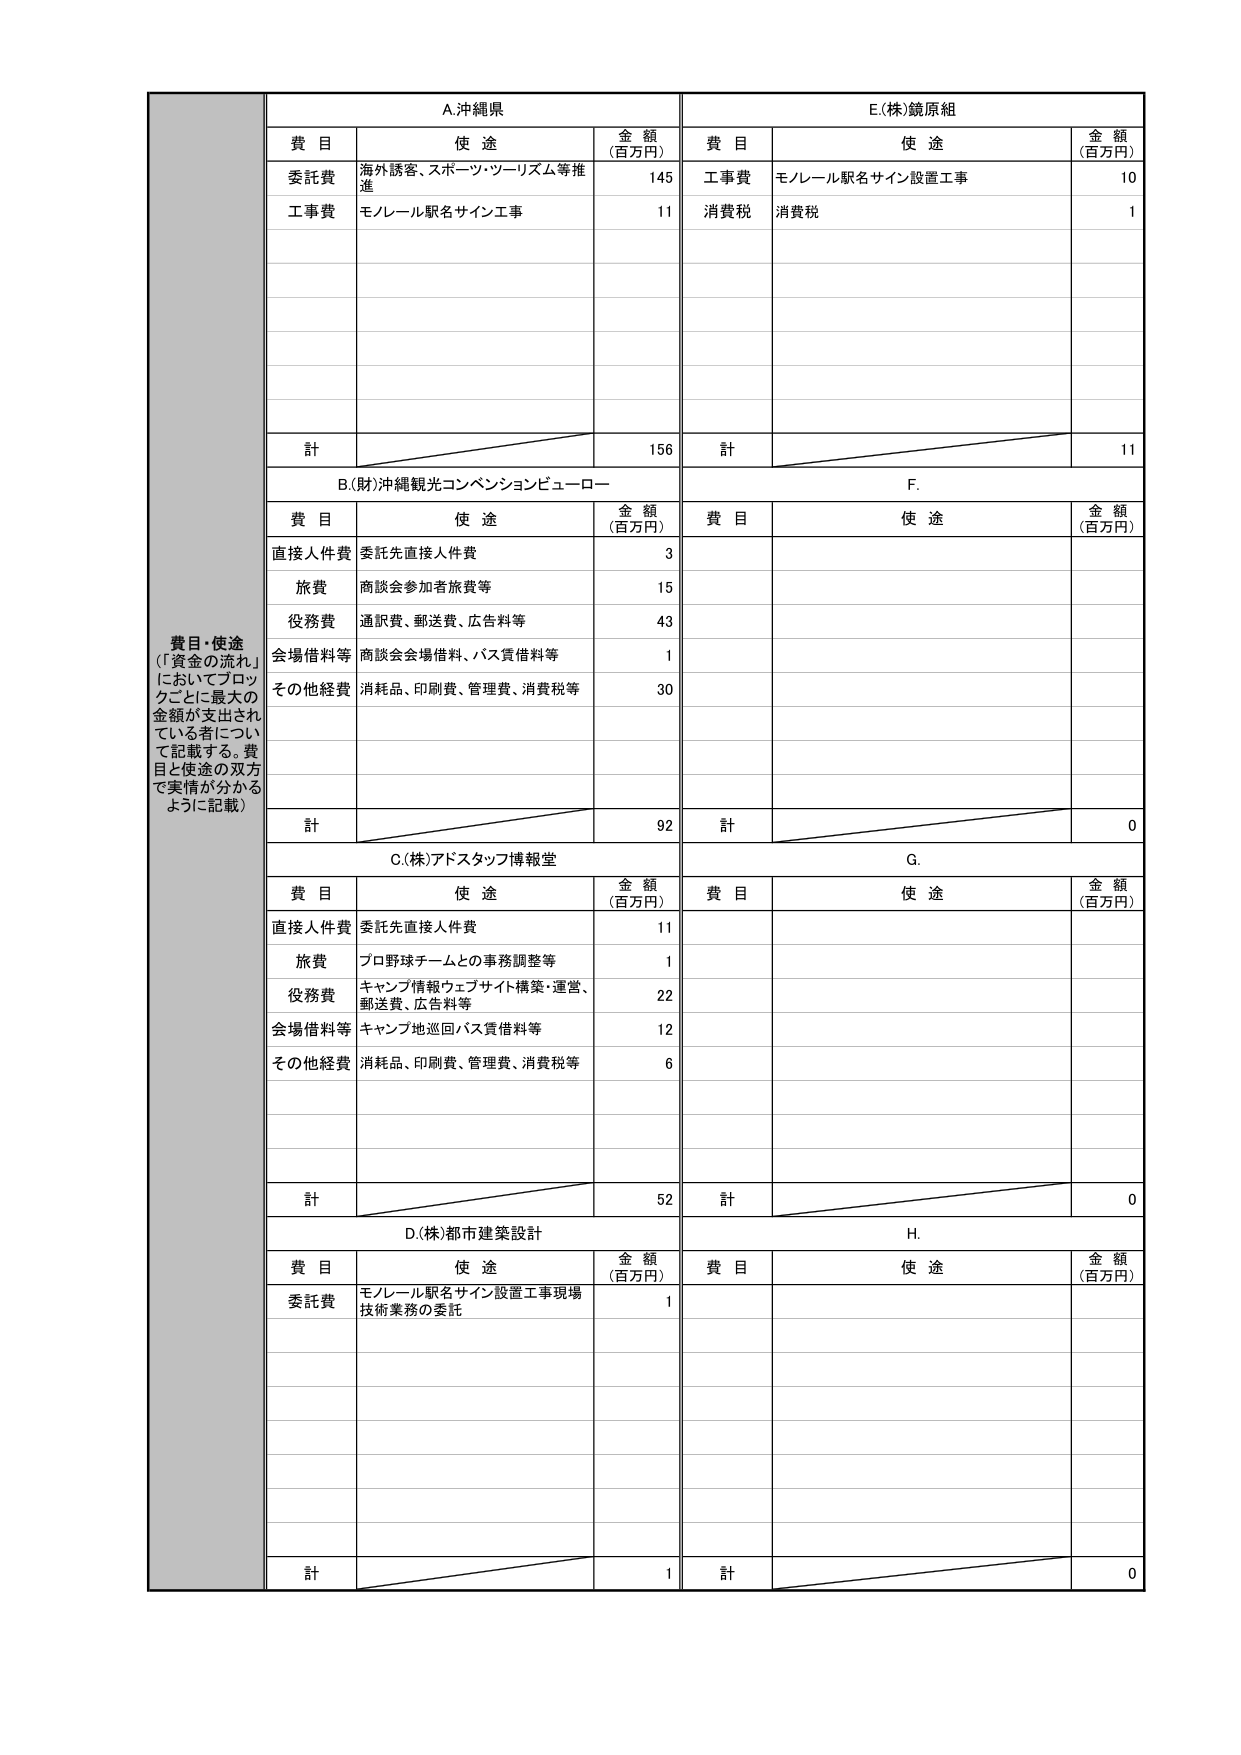
費目・使途
（「資金の流れ」
においてブロックごとに最大の
金額が支出されている者について
記載する。費目と使途の双方
で実情が分かるように記載）

A.沖縄県
費目 使途 金額（百万円）
委託費 海外誘客、スポーツ・ツーリズム等推進 145
工事費 モノレール駅名サイン工事 11
計 156

B.(財)沖縄観光コンベンションビューロー
費目 使途 金額（百万円）
直接人件費 委託先直接人件費 3
旅費 商談会参加者旅費等 15
役務費 通訳費、郵送費、広告料等 43
会場借料等 商談会会場借料、バス貸借料等 1
その他経費 消耗品、印刷費、管理費、消費税等 30
計 92

C.(株)アドスタッフ博報堂
費目 使途 金額（百万円）
直接人件費 委託先直接人件費 11
旅費 プロ野球チームとの事務調整等 1
役務費 キャンプ情報ウェブサイト構築・運営、
郵送費、広告料等 22
会場借料等 キャンプ地巡回バス貸借料等 12
その他経費 消耗品、印刷費、管理費、消費税等 6
計 52

D.(株)都市建築設計
費目 使途 金額（百万円）
委託費 モノレール駅名サイン設置工事現場
技術業務の委託 1
計 1

E.(株)鏡原組
費目 使途 金額（百万円）
工事費 モノレール駅名サイン設置工事 10
消費税 消費税 1
計 11

F.
費目 使途 金額（百万円）
計 0

G.
費目 使途 金額（百万円）
計 0

H.
費目 使途 金額（百万円）
計 0